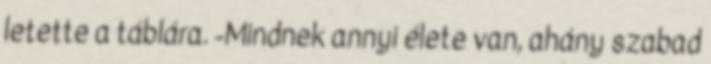
letette a táblára. -Mindnek annyi élete van, ahány szabad